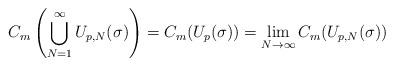
LaTeX: \begin{align*} C_m\left(\bigcup_{N=1}^\infty U_{p,N}(\sigma)\right)=C_m(U_p(\sigma))=\lim\limits_{N\to\infty}C_m(U_{p,N}(\sigma)) \end{align*}